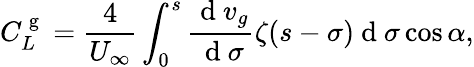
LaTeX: C_{L}^{\mathrm{~g~}}=\frac{4}{U_{\infty}}\int_{0}^{s}\frac{\mathrm{~d~}v_{g}}{\mathrm{~d~}\sigma}\zeta(s-\sigma)\mathrm{~d~}\sigma\cos\alpha,